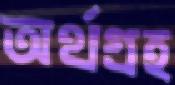
অর্থগ্রহ